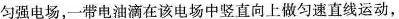
匀强电场，一带电油滴在该电场中竖直向上做匀速直线运动，